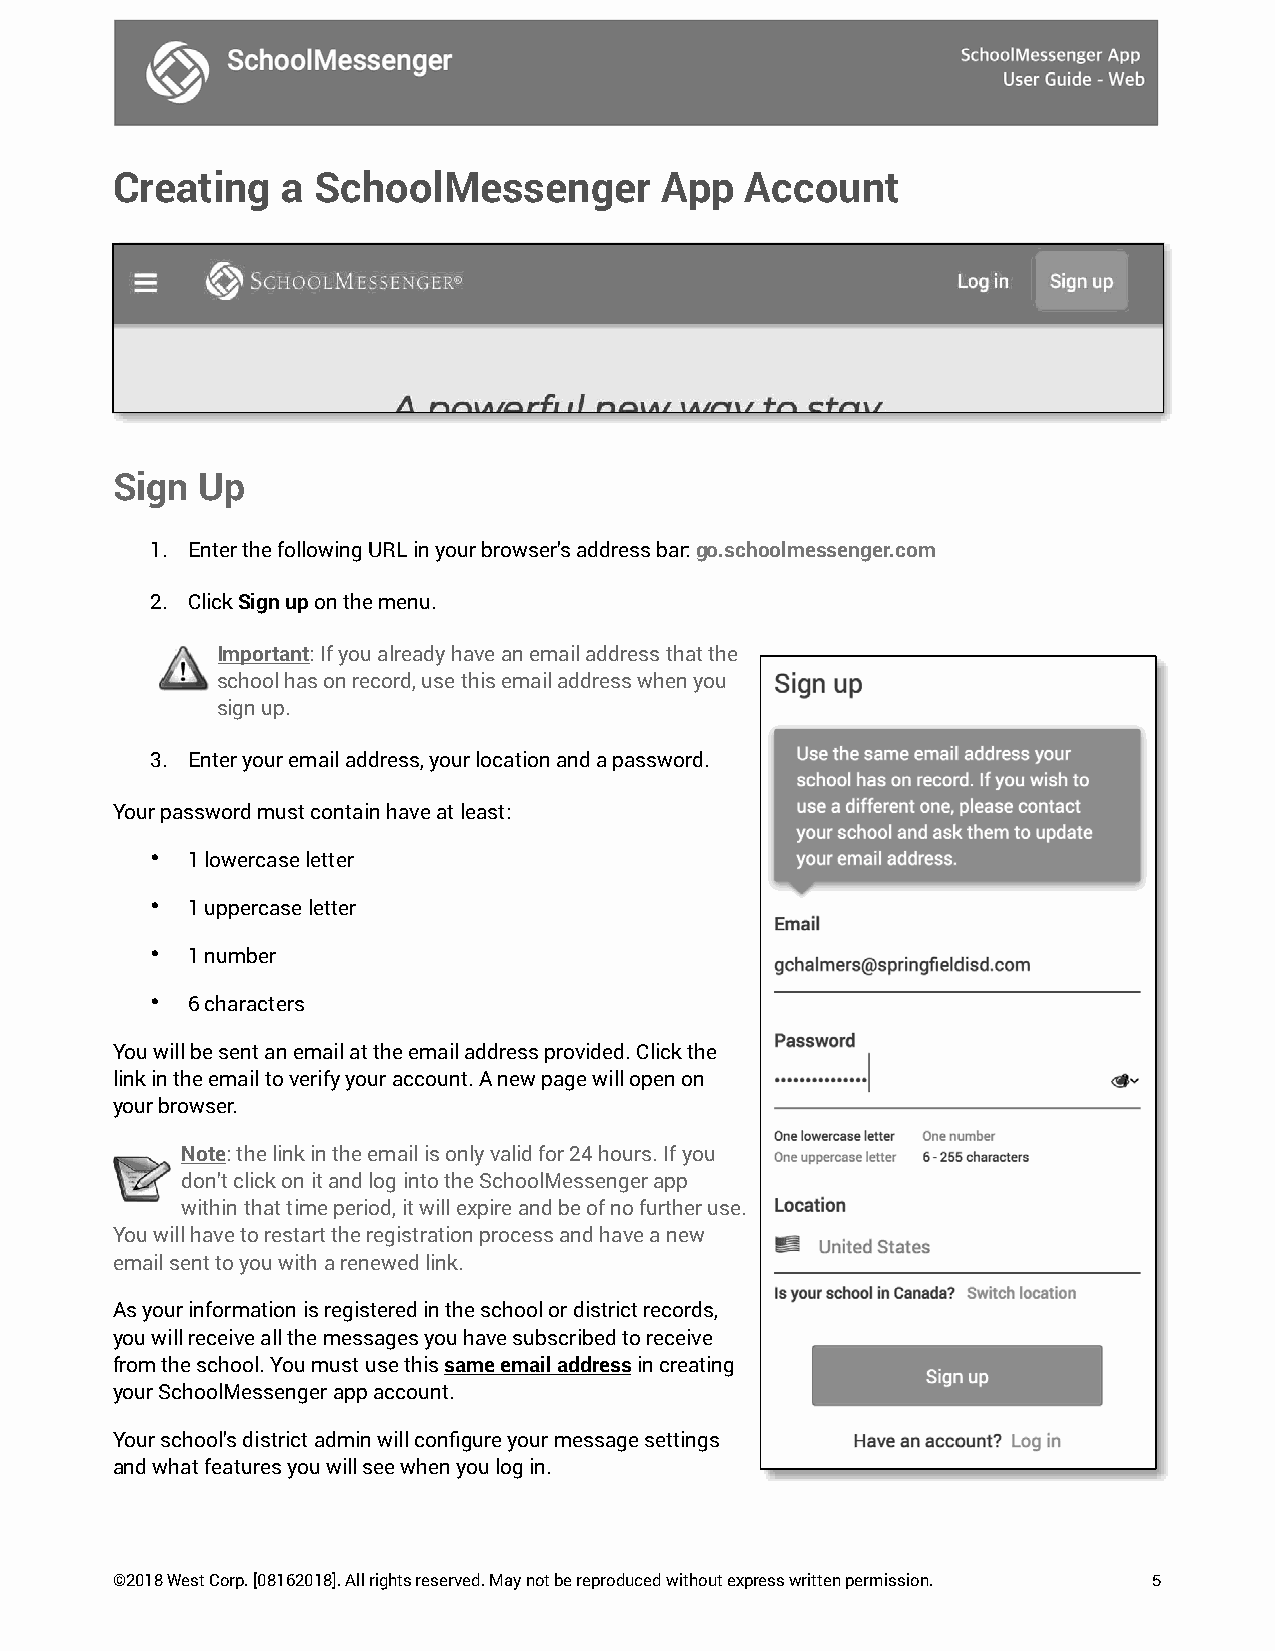
Creating    a SchoolMessenger        App  Account
 Sign  Up
 1. Enter the following URL in your browser’s address bar: go.schoolmessenger.com
 2. Click Sign up on the menu.
 Important: If you already have an email address that the
 school has on record, use this email address when you
 sign up.
 3. Enter your email address, your location and a password.
 Your password must contain have at least:
 • 1 lowercase letter
 • 1 uppercase letter
 • 1 number
 • 6 characters
 You will be sent an email at the email address provided. Click the
 link in the email to verify your account. A new page will open on
 your browser.
 Note: the link in the email is only valid for 24 hours. If you
 don’t click on it and log into the SchoolMessenger app
 within that time period, it will expire and be of no further use.
 You will have to restart the registration process and have a new
 email sent to you with a renewed link.
 As your information is registered in the school or district records,
 you will receive all the messages you have subscribed to receive
 from the school. You must use this same email address in creating
 your SchoolMessenger app account.
 Your school’s district admin will configure your message settings
 and what features you will see when you log in.
 ©2018 West Corp. [08162018]. All rights reserved. May not be reproduced without express written permission. 5